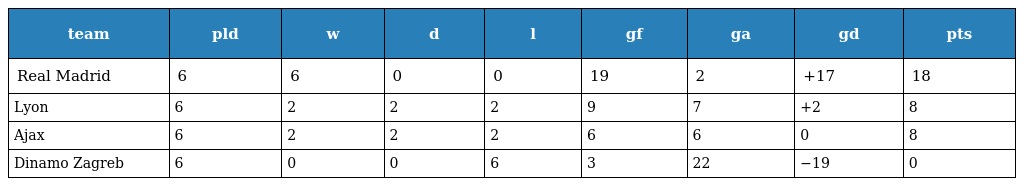
| team | pld | w | d | l | gf | ga | gd | pts |
 | --- | --- | --- | --- | --- | --- | --- | --- | --- |
 | Real Madrid | 6 | 6 | 0 | 0 | 19 | 2 | +17 | 18 |
 | Lyon | 6 | 2 | 2 | 2 | 9 | 7 | +2 | 8 |
 | Ajax | 6 | 2 | 2 | 2 | 6 | 6 | 0 | 8 |
 | Dinamo Zagreb | 6 | 0 | 0 | 6 | 3 | 22 | −19 | 0 |